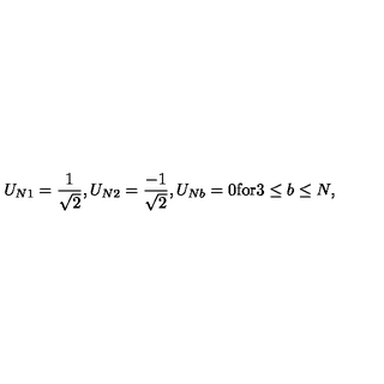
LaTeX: U _ { N 1 } = \frac { 1 } { \sqrt { 2 } } , U _ { N 2 } = \frac { - 1 } { \sqrt { 2 } } , U _ { N b } = 0 \mathrm { f o r } 3 \leq b \leq N ,